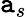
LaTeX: \mathtt{a}_{s}